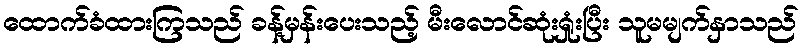
ထောက်ခံထားကြသည် ခန့်မှန်းပေးသည့် မီးလောင်ဆုံးရှုံးပြီး သူမမျက်နှာသည်